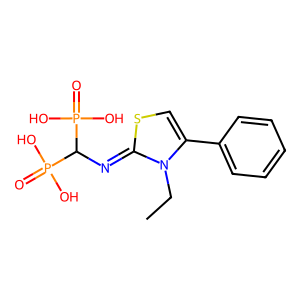
SMILES: CCn1c(-c2ccccc2)csc1=NC(P(=O)(O)O)P(=O)(O)O
Inhibits HIV replication: No